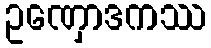
ဥဏှောဒကဿ